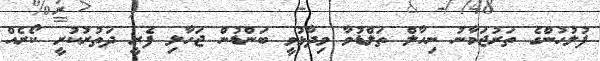
ފުލުހުންގެ ތަރުޖަމާނު ނިހާލް ތަލްޑުވާ ވިދާޅުވީ ބަންޑުން ޖަހާލި ފެރީ ދަތުރުކުރީ ކޯރެއް